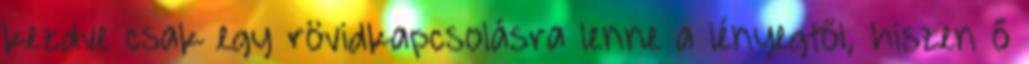
kezdve csak egy rövidkapcsolásra lenne a lényegtől, hiszen ő